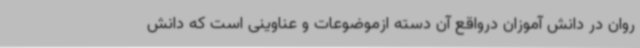
روان در دانش آموزان درواقع آن دسته ازموضوعات و عناوینی است که دانش